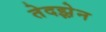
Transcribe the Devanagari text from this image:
तेदझ़ेन